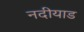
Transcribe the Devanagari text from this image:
नदीयाड